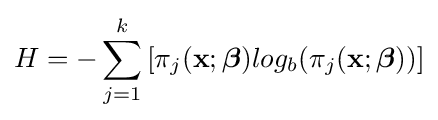
H=-\sum _{j=1}^{k}{[\pi _{j}(\mathbf {x} ;{\boldsymbol {\beta }})log_{b}(\pi _{j}(\mathbf {x} ;{\boldsymbol {\beta }}))]}